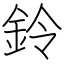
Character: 鈴